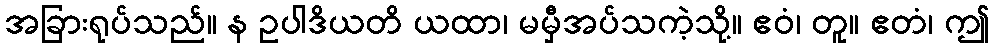
အခြားရုပ်သည်။ န ဥပါဒိယတိ ယထာ၊ မမှီအပ်သကဲ့သို့။ ဧဝံ၊ တူ။ ဧတံ၊ ဤ